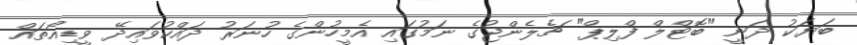
ބަޔަކު ދަނީ "ބޮޓްލް ފްލިޕް" ޗެލެންޖުގެ ނަމުގައި އެމީހުންގެ ހުނަރު ދައްކުވައިދޭ ވީޑިއޯތައް